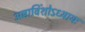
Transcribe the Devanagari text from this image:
अष्टाविंशोऽध्यायः